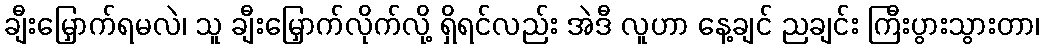
ချီးမြှောက်ရမလဲ၊ သူ ချီးမြှောက်လိုက်လို့ ရှိရင်လည်း အဲဒီ လူဟာ နေ့ချင် ညချင်း ကြီးပွားသွားတာ၊